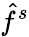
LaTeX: {\hat{f}}^{s}